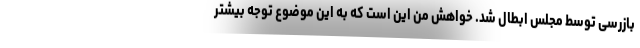
بازرسی توسط مجلس ابطال شد. خواهش من این است که به این موضوع توجه بیشتر